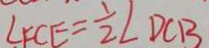
\angle F C E = \frac { 1 } { 2 } \angle D C B